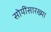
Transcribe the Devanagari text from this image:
सोयींसारख्या